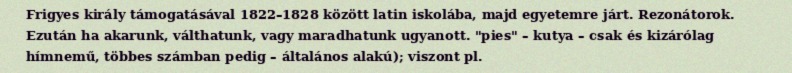
Frigyes király támogatásával 1822–1828 között latin iskolába, majd egyetemre járt. Rezonátorok. Ezután ha akarunk, válthatunk, vagy maradhatunk ugyanott. "pies" – kutya – csak és kizárólag hímnemű, többes számban pedig – általános alakú); viszont pl.